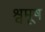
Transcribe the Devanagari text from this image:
श्वमूष